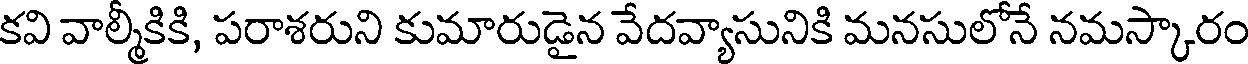
కవి వాల్మీకికి, పరాశరుని కుమారుడైన వేదవ్యాసునికి మనసులోనే నమస్కారం